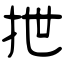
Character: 抴